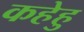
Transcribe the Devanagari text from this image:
कहेहु